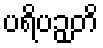
ပရိပဉှတိ